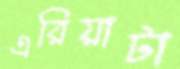
এরিয়াটা